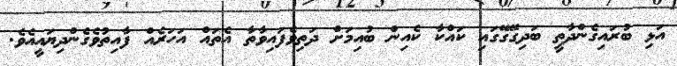
އަޅި ބުރައިގެންދާތީ ބަދިގޭގޭގައި ކައްކާ ކެއިން ބުއިމަށް ދަތިވެފައިވާތާ އެތައް އަހަރެއް ފާއިތުވެގެންދިޔައީއެވެ.